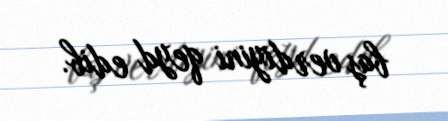
baş verdiyini qeyd edib.